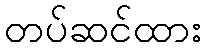
တပ်ဆင်ထား